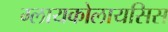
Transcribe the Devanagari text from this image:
ग्लायकोलायसिस